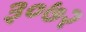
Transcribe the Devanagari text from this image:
३०७२